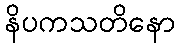
နိပကသတိနော